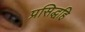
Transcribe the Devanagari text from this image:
प्रसिद्धहि